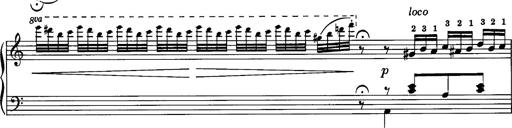
Title: La romanesca
Composer: Franz Liszt